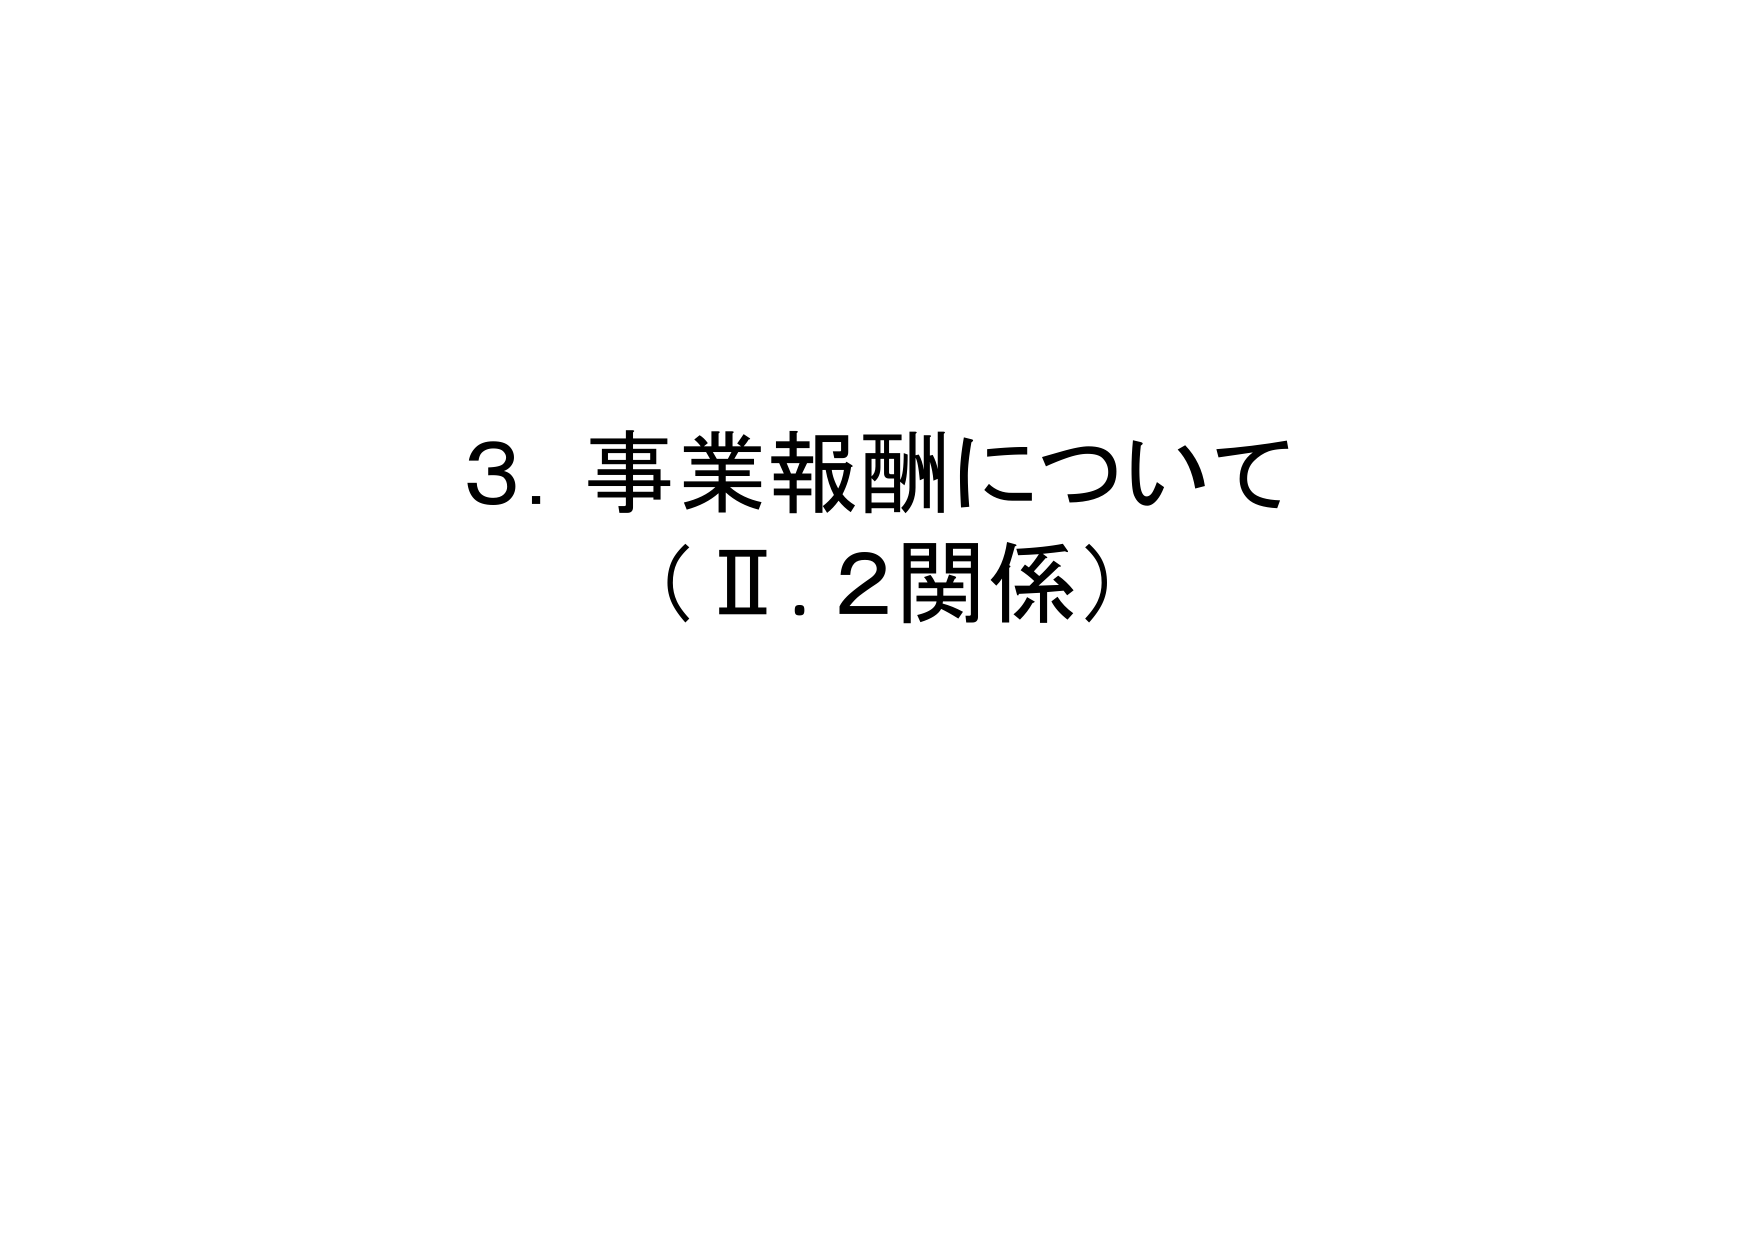
3. 事業報酬について
（Ⅱ.2関係）